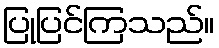
ပြုပြင်ကြသည်။